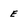
Character: E